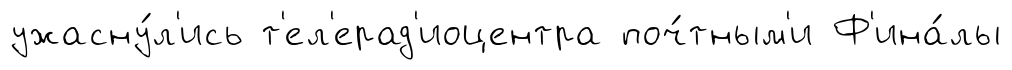
ужасну́л'ись т'ел'ерад'иоцентра поч́тным'и Ф'ина́лы